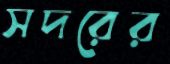
সদরের